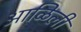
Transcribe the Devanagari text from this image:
आळिली